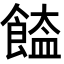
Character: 𩝉